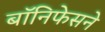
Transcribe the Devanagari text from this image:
बॉनिफेसने